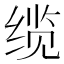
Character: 缆